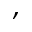
,